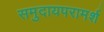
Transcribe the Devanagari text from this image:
समुदायपरामर्श